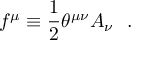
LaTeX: f ^ { \mu } \equiv { \frac { 1 } { 2 } } \theta ^ { \mu \nu } A _ { \nu } ~ ~ .